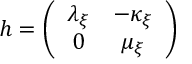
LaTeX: h = \left( \begin{array} { c c } { { \lambda _ { \xi } } } & { { - \kappa _ { \xi } } } \\ { { 0 } } & { { \mu _ { \xi } } } \end{array} \right)